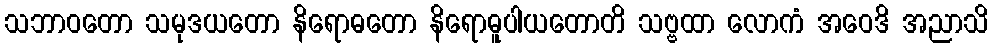
သဘာဝတော သမုဒယတော နိရောဓတော နိရောဓူပါယတောတိ သဗ္ဗထာ လောကံ အဝေဒိ အညာသိ